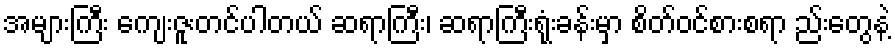
အများကြီး ကျေးဇူးတင်ပါတယ် ဆရာကြီး၊ ဆရာကြီးရုံးခန်းမှာ စိတ်ဝင်စားစရာ ည်းတွေနဲ့